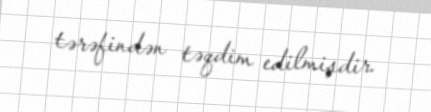
tərəfindən təqdim edilmişdir.